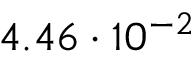
4 . 4 6 \cdot 1 0 ^ { - 2 }